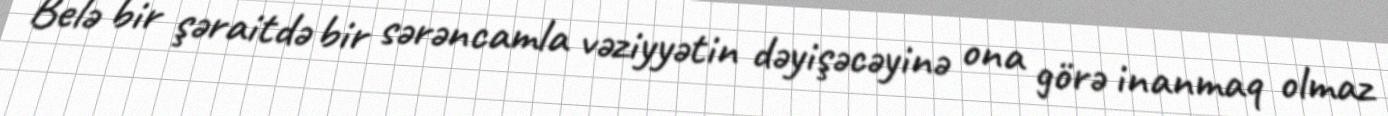
Belə bir şəraitdə bir sərəncamla vəziyyətin dəyişəcəyinə ona görə inanmaq olmaz